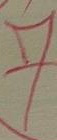
7